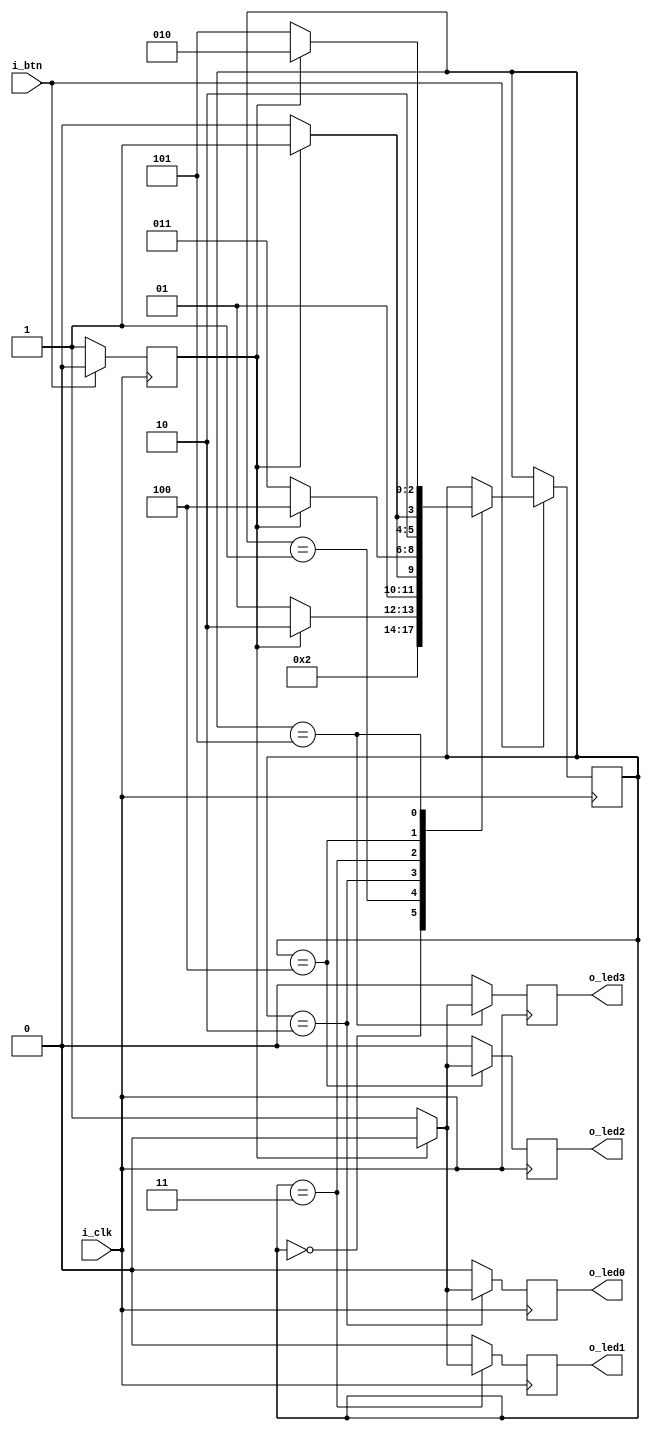
// Copyright (C) 2022  Intel Corporation. All rights reserved.
// Your use of Intel Corporation's design tools, logic functions 
// and other software and tools, and any partner logic 
// functions, and any output files from any of the foregoing 
// (including device programming or simulation files), and any 
// associated documentation or information are expressly subject 
// to the terms and conditions of the Intel Program License 
// Subscription Agreement, the Intel Quartus Prime License Agreement,
// the Intel FPGA IP License Agreement, or other applicable license
// agreement, including, without limitation, that your use is for
// the sole purpose of programming logic devices manufactured by
// Intel and sold by Intel or its authorized distributors.  Please
// refer to the applicable agreement for further details, at
// https://fpgasoftware.intel.com/eula.


`define ST_INIT			(3'd0) /* 000 */
`define ST_IDLE			(3'd1) /* 001 */
`define ST_LED0_ON		(3'd2) /* 010 */
`define ST_LED1_ON		(3'd3) /* 011 */
`define ST_LED2_ON		(3'd4) /* 100 */
`define ST_LED3_ON		(3'd5) /* 101 */


module Button
(
// {ALTERA_ARGS_BEGIN} DO NOT REMOVE THIS LINE!

	i_btn,
	i_clk,
	o_led0,
	o_led1,
	o_led2,
	o_led3
// {ALTERA_ARGS_END} DO NOT REMOVE THIS LINE!

);

// {ALTERA_IO_BEGIN} DO NOT REMOVE THIS LINE!
input			i_btn;
input			i_clk;
output			o_led0;
output			o_led1;
output			o_led2;
output			o_led3;

reg r_led0_en;
reg r_led1_en;
reg r_led2_en;
reg r_led3_en;

reg c_led0_en;
reg c_led1_en;
reg c_led2_en;
reg c_led3_en;

reg r_init_ok;
reg r_btn_press;

reg [2:0] r_state;
reg [2:0] c_next_state;

// {ALTERA_IO_END} DO NOT REMOVE THIS LINE!
// {ALTERA_MODULE_BEGIN} DO NOT REMOVE THIS LINE!
initial
begin	
	r_led0_en <= 1'b0;
	r_led1_en <= 1'b0;
	r_led2_en <= 1'b0;
	r_led3_en <= 1'b0;
	
	r_btn_press <= 1'b0;
	
	r_init_ok <= 1'b1;
	r_state <= `ST_INIT;
end

/* BUTTON - FLIP FLOP */
always @ (posedge i_clk)
begin

	// BUTTON PRESSED
	if (~i_btn)
	begin		
		r_btn_press <= 1;		
	end
	
	// NOT PRESSED
	else
	begin		
		r_state <= c_next_state;		
		r_btn_press <= 0;
	end	
end

/* LED - FLIP FLOP */
always @ (posedge i_clk)
begin
	r_led0_en <= c_led0_en;
	r_led1_en <= c_led1_en;
	r_led2_en <= c_led2_en;
	r_led3_en <= c_led3_en;
end


/* Combinational Logic */
always @(*)
begin
	c_led0_en = 0;
	c_led1_en = 0;
	c_led2_en = 0;
	c_led3_en = 0;
	c_next_state = r_state;	
	
	case (r_state)
		`ST_INIT:
		begin
			if (r_init_ok) begin
				c_next_state = `ST_IDLE;
			end			
		end
		
		`ST_IDLE:
		begin
			if (r_btn_press) begin
				c_next_state = `ST_LED0_ON;
			end
			
			else begin
				c_next_state = `ST_IDLE;
			end
		end
		
		`ST_LED0_ON:
		begin
			if (r_btn_press) begin
				c_next_state = `ST_LED1_ON;
			end
			
			else begin
				c_led0_en = 1;
				c_next_state = `ST_LED0_ON;
			end
		end
		`ST_LED1_ON:
		begin
			if (r_btn_press) begin
				c_next_state = `ST_LED2_ON;
			end
			
			else begin
				c_led1_en = 1;
				c_next_state = `ST_LED1_ON;
			end
		end
		`ST_LED2_ON:
		begin
			if (r_btn_press) begin
				c_next_state = `ST_LED3_ON;
			end
			
			else begin
				c_led2_en = 1;
				c_next_state = `ST_LED2_ON;
			end
		end
		`ST_LED3_ON:
		begin
			if (r_btn_press) begin
				c_next_state = `ST_LED0_ON;
			end
			
			else begin
				c_led3_en = 1;
				c_next_state = `ST_LED3_ON;
			end
		end
	endcase
end
/* LED ASSIGN */
assign o_led0 = r_led0_en;
assign o_led1 = r_led1_en;
assign o_led2 = r_led2_en;
assign o_led3 = r_led3_en;
// {ALTERA_MODULE_END} DO NOT REMOVE THIS LINE!
endmodule